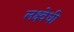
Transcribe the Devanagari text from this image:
लक्ष्वेधी